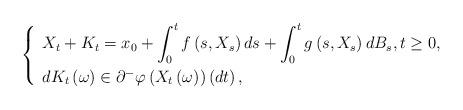
LaTeX: \begin{align*}\left\{\begin{array}{l}X_{t}+K_{t}=x_{0}+\displaystyle\int_{0}^{t}f\left( s,X_{s}\right)ds+\int_{0}^{t}g\left( s,X_{s}\right) dB_{s},t\geq0,\smallskip \\dK_{t}\left( \omega\right) \in\partial^{-}\varphi\left( X_{t}\left(\omega\right) \right) \left( dt\right) ,\end{array}\right. \end{align*}